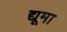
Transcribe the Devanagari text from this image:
द्यूमा